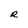
Character: R